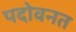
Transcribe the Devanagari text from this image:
पदोवनत